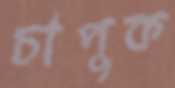
চাপুক